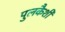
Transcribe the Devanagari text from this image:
पुलकैशी